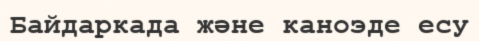
Байдаркада және каноэде есу